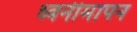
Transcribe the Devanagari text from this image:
ध्वनीमापन